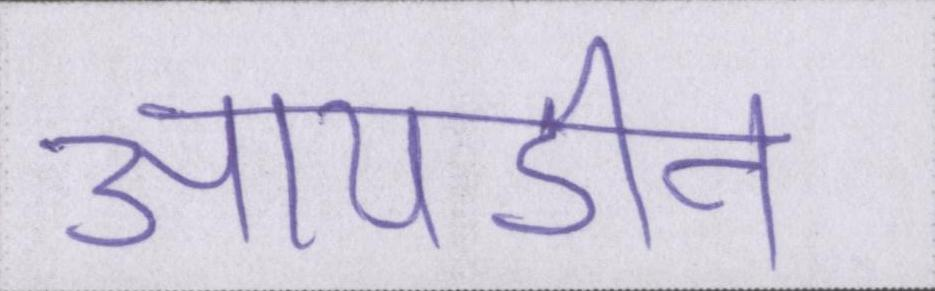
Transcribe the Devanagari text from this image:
आयडीन